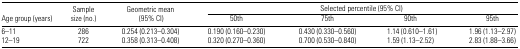
<table><thead><tr><td rowspan="2"><b>Age group (years)</b></td><td rowspan="2"><b>Sample size (no.)</b></td><td rowspan="2"><b>Geometric mean (95% CI)</b></td><td colspan="4"><b>Selected percentile (95% CI)</b></td></tr><tr><td><b>50th</b></td><td><b>75th</b></td><td><b>90th</b></td><td><b>95th</b></td></tr></thead><tbody><tr><td>6–11</td><td>286</td><td>0.254 (0.213–0.304)</td><td>0.190 (0.160–0.230)</td><td>0.430 (0.330–0.560)</td><td>1.14 (0.610–1.61)</td><td>1.96 (1.13–2.97)</td></tr><tr><td>12–19</td><td>722</td><td>0.358 (0.313–0.408)</td><td>0.320 (0.270–0.360)</td><td>0.700 (0.530–0.840)</td><td>1.59 (1.13–2.52)</td><td>2.83 (1.88–3.66)</td></tr></tbody></table>